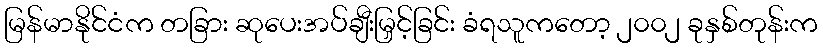
မြန်မာနိုင်ငံက တခြား ဆုပေးအပ်ချီးမြှင့်ခြင်း ခံရသူကတော့ ၂၀၀၂ ခုနှစ်တုန်းက